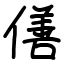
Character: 僐